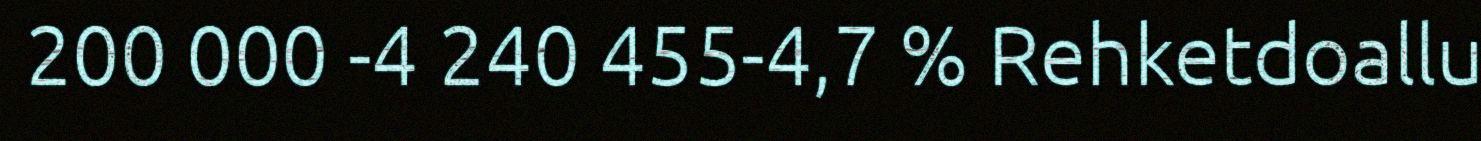
200 000 -4 240 455-4,7 % Rehketdoallu